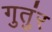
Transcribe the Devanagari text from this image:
गुतुंर